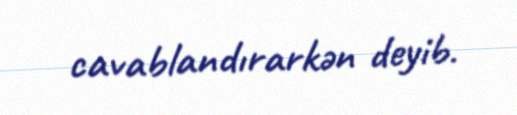
cavablandırarkən deyib.